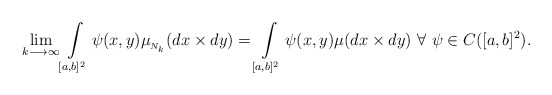
\begin{align*} \lim \limits_{k\longrightarrow \infty} \int \limits_{[a,b]^2} \psi(x,y) \mu_{_{N_k}}(dx\times dy) = \int \limits_{[a,b]^2} \psi(x,y) \mu(dx\times dy)~\forall ~\psi \in C([a,b]^2).\end{align*}